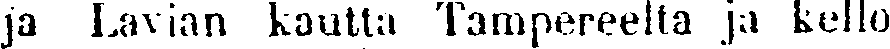
ja Lavian kautta Tampereelta ja kello